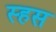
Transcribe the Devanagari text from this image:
स्हस